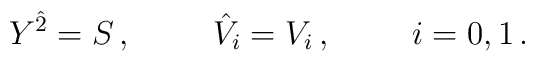
Y^{\hat 2} = S\, ,\hskip 1truecm {\hat V}_{i} = V_i\, ,\hskip 1truecm i=0,1\, .